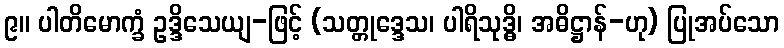
၉။ ပါတိမောက္ခံ ဥဒ္ဒိသေယျ-ဖြင့် (သတ္တုဒ္ဒေသ၊ ပါရိသုဒ္ဓိ၊ အဓိဋ္ဌာန်-ဟု) ပြုအပ်သော